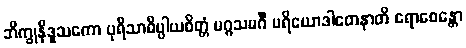
ဘိက္ခုနီဒူသကော ပုရိသာဓိပ္ပါယစိတ္တံ မဂ္ဂသမင်္ဂီ ပရိယောဒါတေနာတိ ရောစေန္တော